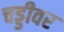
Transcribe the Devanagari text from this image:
चड्डीवर